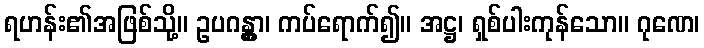
ရဟန်း၏အဖြစ်သို့။ ဥပဂန္တွာ၊ ကပ်ရောက်၍။ အဋ္ဌ၊ ရှစ်ပါးကုန်သော။ ဂုဏေ၊